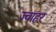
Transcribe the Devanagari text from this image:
ज्वाहर